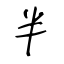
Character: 半